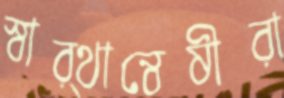
স্বার্থান্বেষীরা